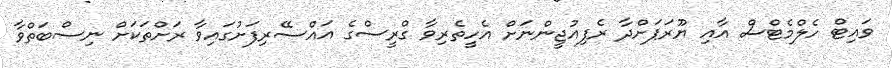
ވައިޓް ހެލްމެޓްސް އާއި ޔޫރަޕަށްދާ ރެފިއުޖީންނަށް އެހީތެރިވާ ގްރީސްގެ އައްސޭރިފަށުގައިވާ ރަށްތަކަށް ނިސްބަތްވާ